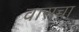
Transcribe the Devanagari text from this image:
वाराच्चा